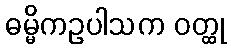
ဓမ္မိကဥပါသက ဝတ္ထု